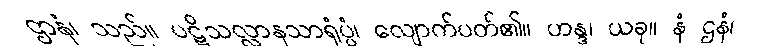
ဌာနံ၊ သည်။ ပဋိသလ္လာနသာရုံပ္ပံ၊ လျောက်ပတ်၏။ ဟန္ဒ၊ ယခု။ နံ ဌနံ၊